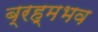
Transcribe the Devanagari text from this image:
ब्रह्मभव